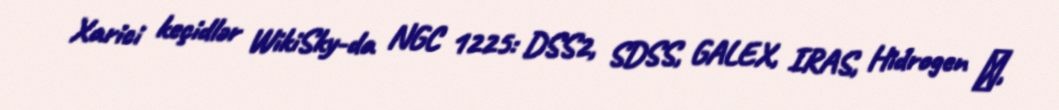
Xarici keçidlər WikiSky-da NGC 1225: DSS2, SDSS, GALEX, IRAS, Hidrogen α,